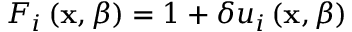
F _ { i } \left( \mathbf { x } , \beta \right) = 1 + \delta u _ { i } \left( \mathbf { x } , \beta \right)